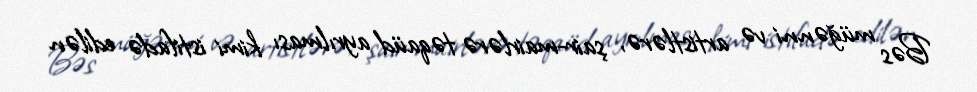
Bəs müğənni və artistlərə, şair-mairlərə təqaüd ayrılması kimi istifadə edilən